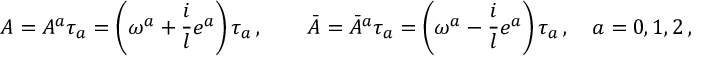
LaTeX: A = A ^ { a } \tau _ { a } = \left( \omega ^ { a } + \frac i l e ^ { a } \right) \tau _ { a } \, , \qquad \bar { A } = { \bar { A } } ^ { a } \tau _ { a } = \left( \omega ^ { a } - \frac i l e ^ { a } \right) \tau _ { a } \, , \quad a = 0 , 1 , 2 \, ,